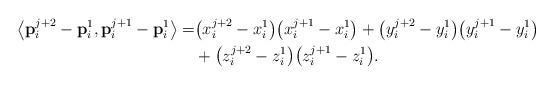
LaTeX: \begin{align*}\bigl\langle {\bf p}_i^{j+2}-{\bf p}_i^1, {\bf p}_i^{j+1}-{\bf p}_i^1\bigr\rangle = & \bigl( x_i^{j+2}-x_i^1\bigr)\bigl( x_i^{j+1}-x_i^1\bigr)+\bigl( y_i^{j+2}-y_i^1\bigr)\bigl( y_i^{j+1}-y_i^1\bigr)\\& + \bigl( z_i^{j+2}-z_i^1\bigr)\bigl( z_i^{j+1}-z_i^1\bigr).\end{align*}